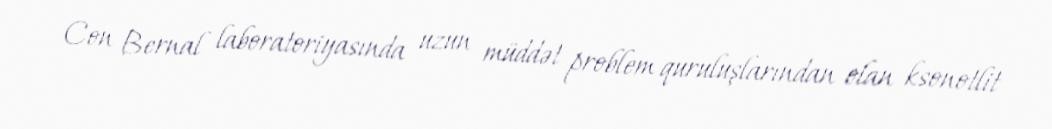
Con Bernal laboratoriyasında uzun müddət problem quruluşlarından olan ksonotlit